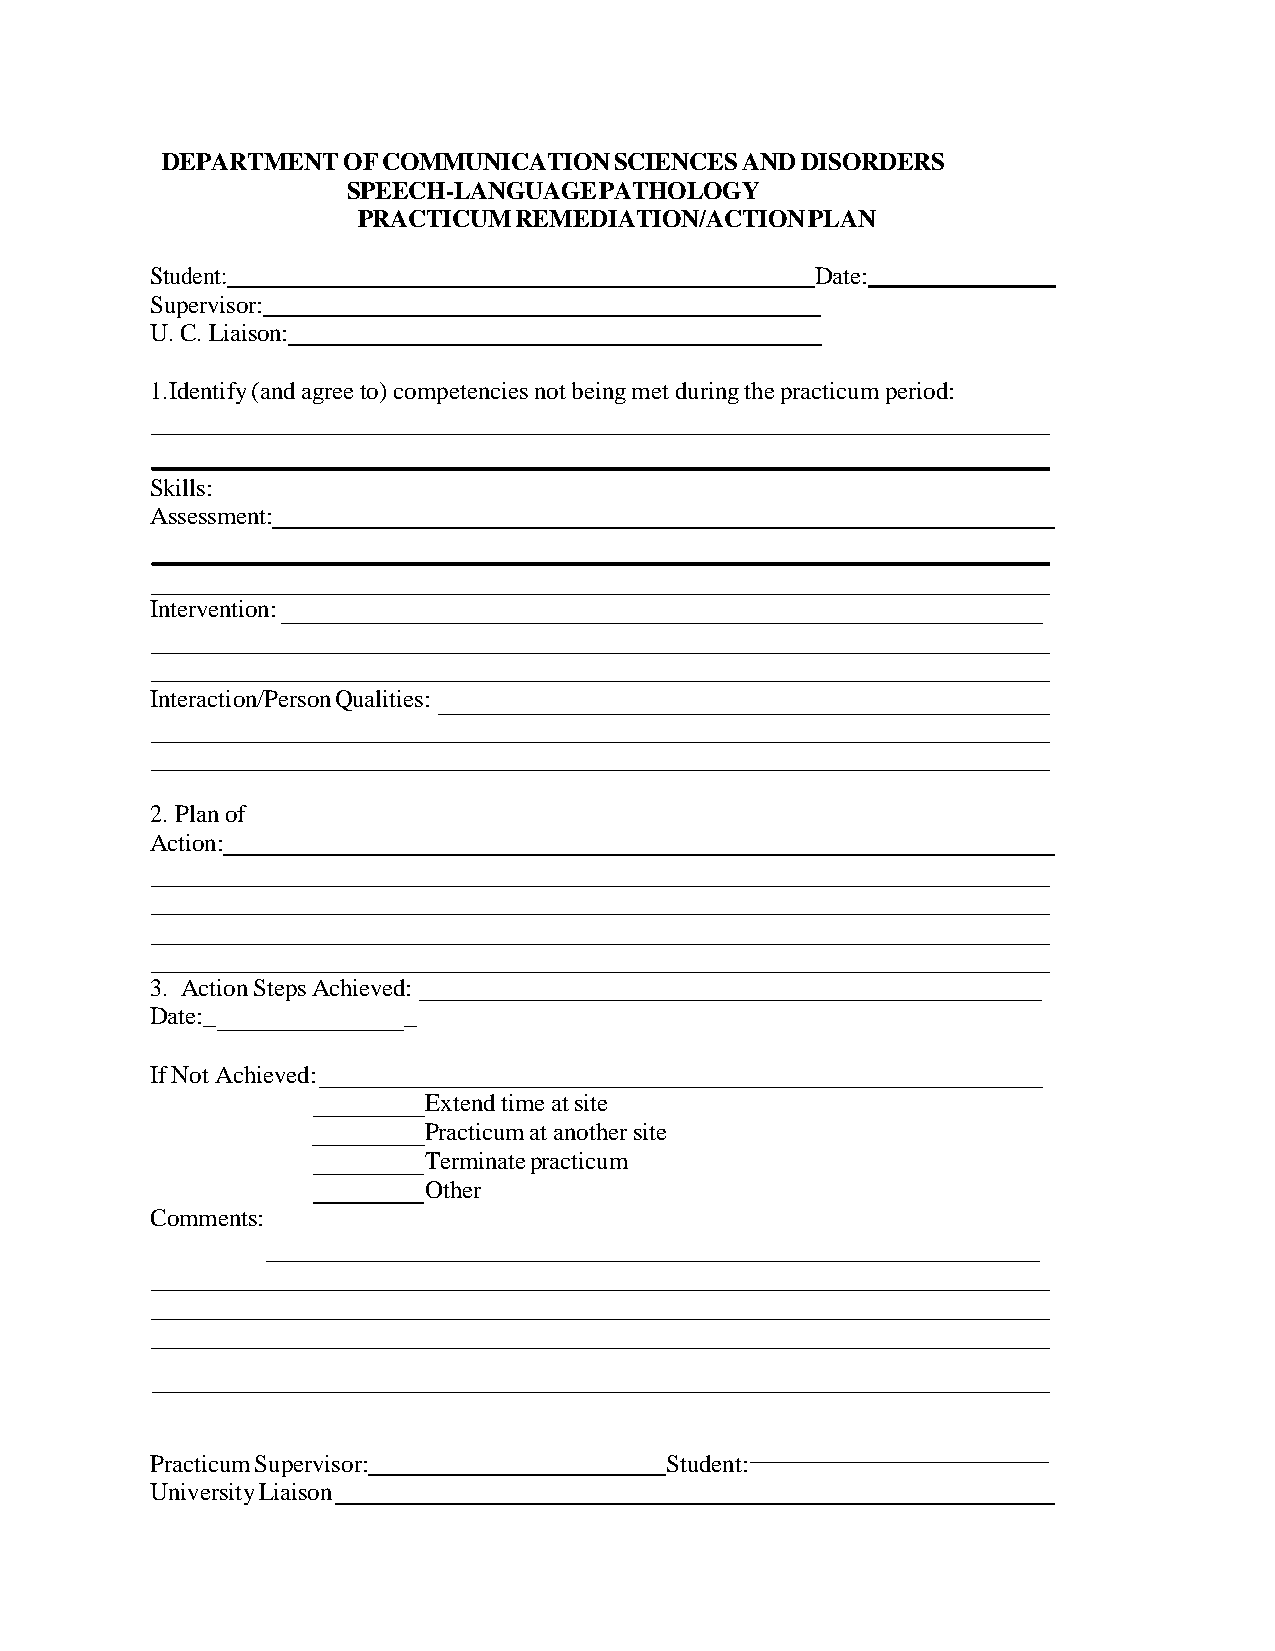
DEPARTMENT  OF COMMUNICATION  SCIENCES AND DISORDERS
 SPEECH-LANGUAGE  PATHOLOGY
 PRACTICUM REMEDIATION/ACTION  PLAN
 Student:                                    Date:
 Supervisor:
 U. C. Liaison:
 1. Identify (and agree to) competencies not being met during the practicum period:
 Skills:
 Assessment:
 Intervention:
 Interaction/Person Qualities:
 2. Plan of
 Action:
 3. Action Steps Achieved:
 Date:_           _
 If Not Achieved:
 Extend time at site
 Practicum at another site
 Terminate practicum
 Other
 Comments:
 Practicum Supervisor:             Student:
 University Liaison